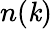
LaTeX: n(\mathit{k})